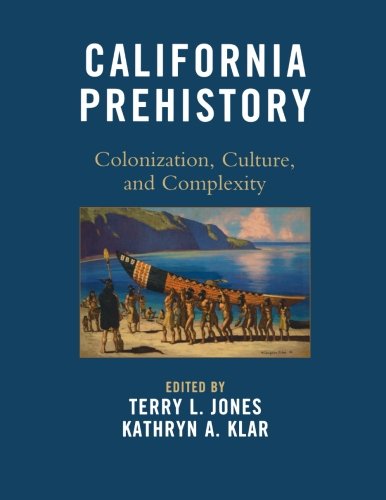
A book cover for California Prehistory: Colonization, Culture, and Complexity; History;